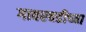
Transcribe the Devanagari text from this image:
गावरवडीच्या